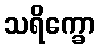
သရိက္ခော